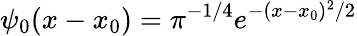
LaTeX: \psi_{0}(x-x_{0})=\pi^{-1/4}e^{-(x-x_{0})^{2}/2}